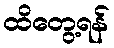
ထိတွေ့ရန်